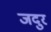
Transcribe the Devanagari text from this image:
जदुर